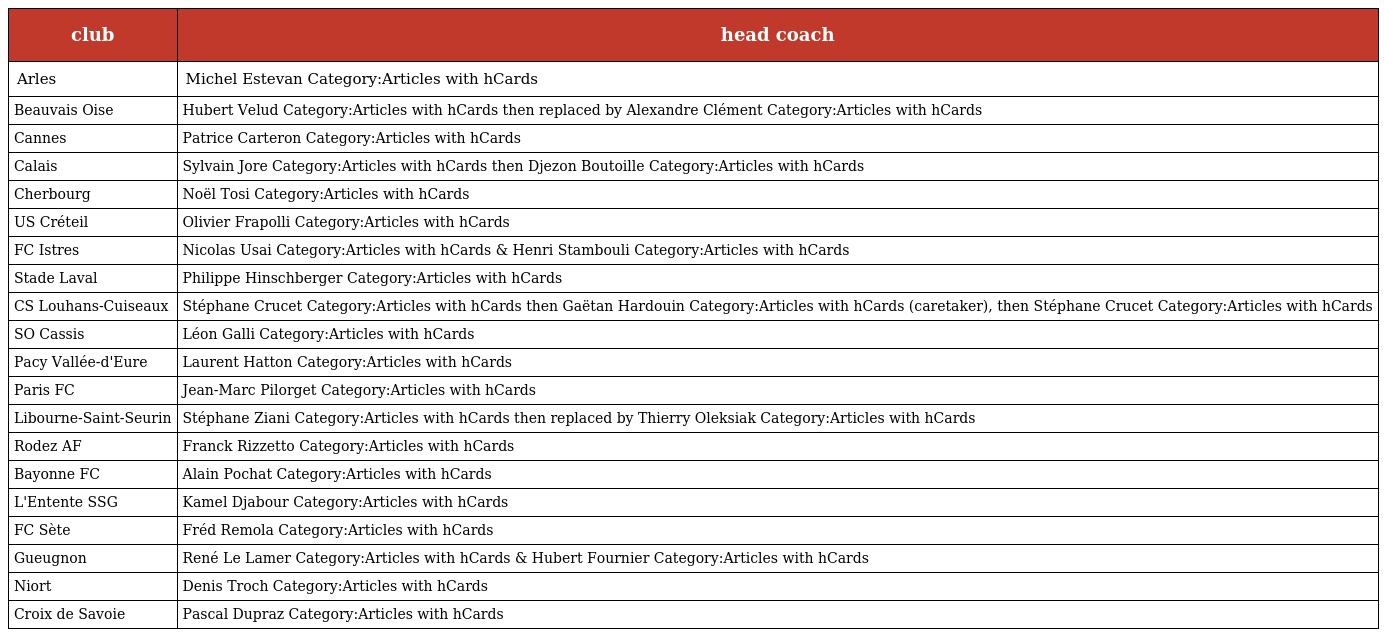
| club | head coach |
 | --- | --- |
 | Arles | Michel Estevan Category:Articles with hCards |
 | Beauvais Oise | Hubert Velud Category:Articles with hCards then replaced by Alexandre Clément Category:Articles with hCards |
 | Cannes | Patrice Carteron Category:Articles with hCards |
 | Calais | Sylvain Jore Category:Articles with hCards then Djezon Boutoille Category:Articles with hCards |
 | Cherbourg | Noël Tosi Category:Articles with hCards |
 | US Créteil | Olivier Frapolli Category:Articles with hCards |
 | FC Istres | Nicolas Usai Category:Articles with hCards & Henri Stambouli Category:Articles with hCards |
 | Stade Laval | Philippe Hinschberger Category:Articles with hCards |
 | CS Louhans-Cuiseaux | Stéphane Crucet Category:Articles with hCards then Gaëtan Hardouin Category:Articles with hCards (caretaker), then Stéphane Crucet Category:Articles with hCards |
 | SO Cassis | Léon Galli Category:Articles with hCards |
 | Pacy Vallée-d'Eure | Laurent Hatton Category:Articles with hCards |
 | Paris FC | Jean-Marc Pilorget Category:Articles with hCards |
 | Libourne-Saint-Seurin | Stéphane Ziani Category:Articles with hCards then replaced by Thierry Oleksiak Category:Articles with hCards |
 | Rodez AF | Franck Rizzetto Category:Articles with hCards |
 | Bayonne FC | Alain Pochat Category:Articles with hCards |
 | L'Entente SSG | Kamel Djabour Category:Articles with hCards |
 | FC Sète | Fréd Remola Category:Articles with hCards |
 | Gueugnon | René Le Lamer Category:Articles with hCards & Hubert Fournier Category:Articles with hCards |
 | Niort | Denis Troch Category:Articles with hCards |
 | Croix de Savoie | Pascal Dupraz Category:Articles with hCards |